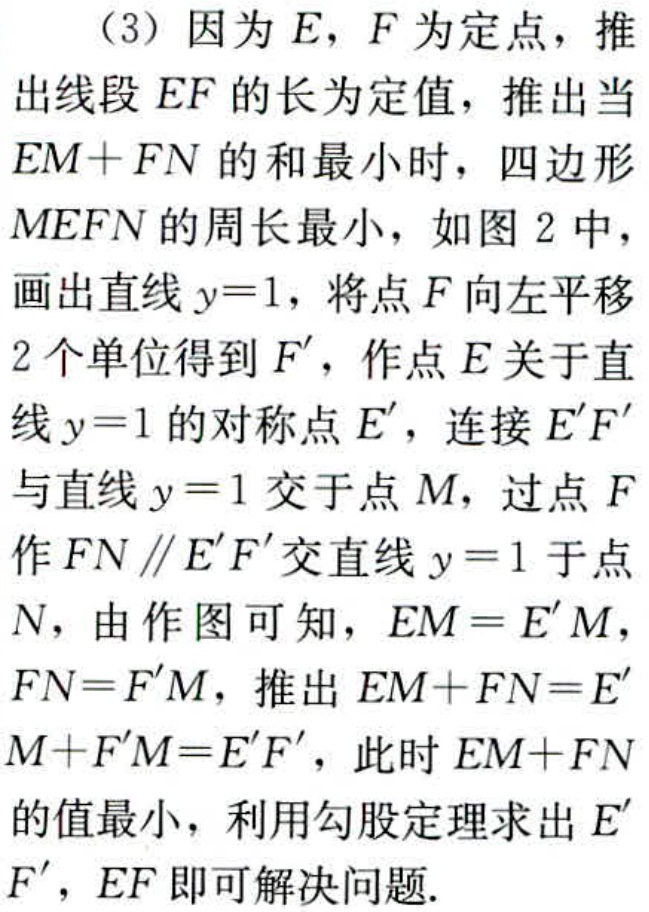
（3）因为\(E,F\)为定点，推出线段\(EF\)的长为定值，推出当\(EM + FN\)的和最小时，四边形\(MEFN\)的周长最小，如图2中，画出直线\(y = 1\)，将点\(F\)向左平移2个单位得到\(F'\)，作点\(E\)关于直线\(y = 1\)的对称点\(E'\)，连接\(E'F'\)与直线\(y = 1\)交于点\(M\)，过点\(F\)作\(FN\parallel E'F'\)交直线\(y = 1\)于点\(N\)，由作图可知，\(EM = E'M\)，\(FN = F'M\)，推出\(EM + FN=E'M + F'M = E'F'\)，此时\(EM + FN\)的值最小，利用勾股定理求出\(E'F'\)，\(EF\)即可解决问题.